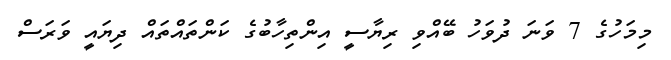
މިމަހުގެ 7 ވަނަ ދުވަހު ބޭއްވި ރިޔާސީ އިންތިހާބުގެ ކަންތައްތައް ދިޔައީ ވަރަސް